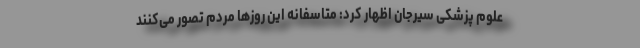
علوم پزشکی سیرجان اظهار کرد: متاسفانه این روزها مردم تصور می‌کنند